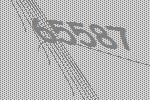
65587